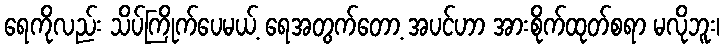
ရေကိုလည်း သိပ်ကြိုက်ပေမယ့် ရေအတွက်တော့ အပင်ဟာ အားစိုက်ထုတ်စရာ မလိုဘူး၊